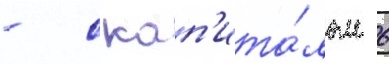
- с кап'ита́лом 6